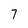
Character: 7